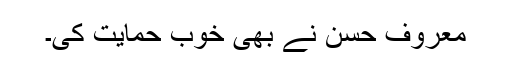
معروف حسن نے بھی خوب حمایت کی۔